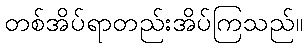
တစ်အိပ်ရာတည်းအိပ်ကြသည်။